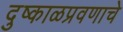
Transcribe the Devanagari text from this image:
दुष्काळप्रवणाचे